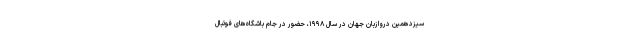
سیزدهمین دروازبان جهان در سال ۱۹۹۸، حضور در جام باشگاه‌های فوتبال